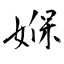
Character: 媬